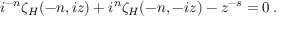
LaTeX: { i } ^ { - n } \zeta _ { H } ( - n , i z ) + i ^ { n } \zeta _ { H } ( - n , - i z ) - z ^ { - s } = 0 \: .